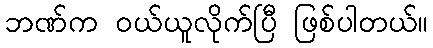
ဘဏ်က ဝယ်ယူလိုက်ပြီ ဖြစ်ပါတယ်။